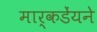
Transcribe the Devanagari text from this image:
मार्कडेंयने